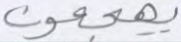
يهجعون